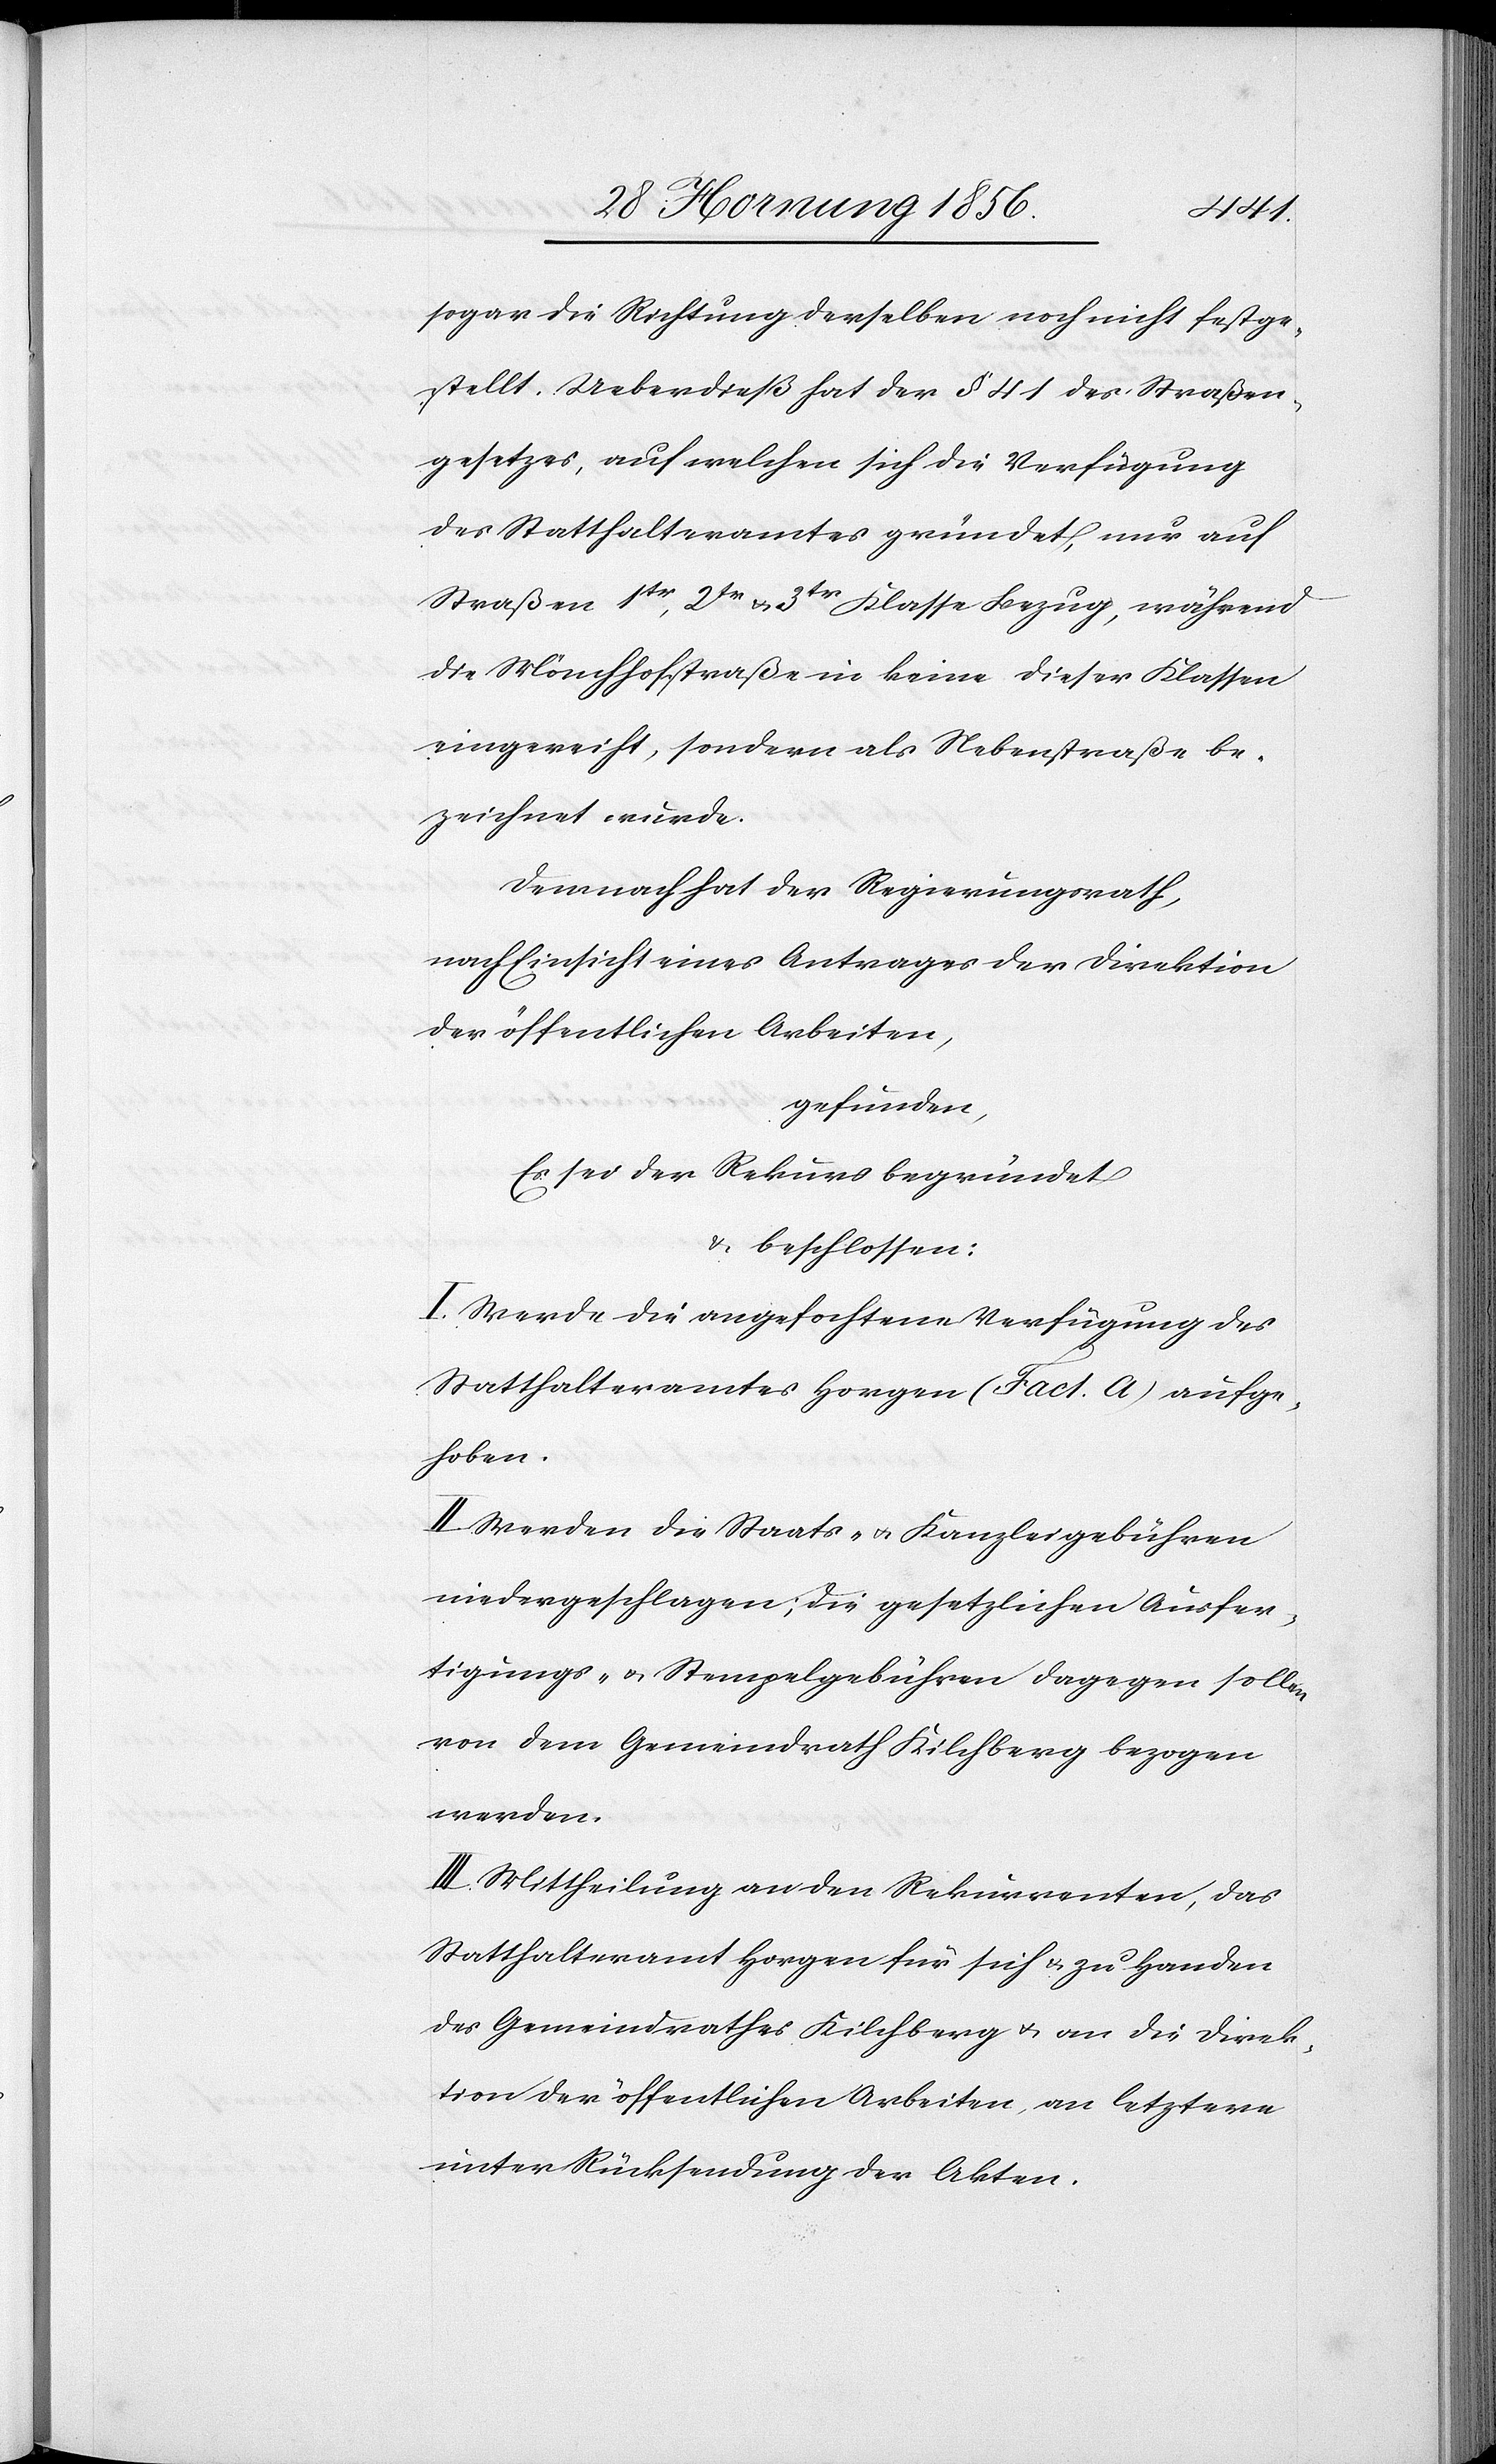
sogar die Richtung derselben noch nicht festge¬
stellt. Ueberdieß hat der § 41 des Straßen¬
gesetzes, auf welchen sich die Verfügung
des Statthalteramtes gründet, nur auf
Straßen 1tr, 2tr u. 3tr Klasse Bezug, während
die Mönchhofstraße in keine dieser Klassen
eingereicht, sondern als Nebenstraße be¬
zeichnet wurde.
Demnach hat der Regierungsrath,
nach Einsicht eines Antrages der Direktion
der öffentlichen Arbeiten,
gefunden,
Es sei der Rekurs begründet
& beschlossen:
I. Werde die angefochtene Verfügung des
Statthalteramtes Horgen (Fact. A) aufge¬
hoben.
II. Werden die Staats- u. Kanzleigebühren
niedergeschlagen; die gesetzlichen Ausfer¬
tigungs- u. Stempelgebühren dagegen sollen
von dem Gemeindrath Kilchberg bezogen
werden.
III. Mittheilung an den Rekurrenten, das
Statthalteramt Horgen für sich u. zu Handen
des Gemeindrathes Kilchberg u. an die Direk¬
tion der öffentlichen Arbeiten, an letztere
unter Rücksendung der Akten.